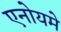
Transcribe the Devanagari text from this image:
एनोयमे